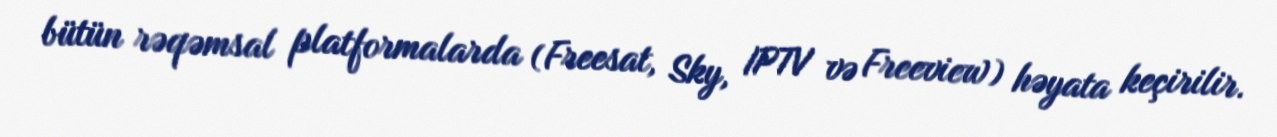
bütün rəqəmsal platformalarda (Freesat, Sky, IPTV və Freeview) həyata keçirilir.